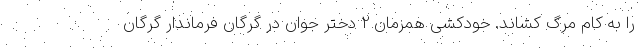
را به کام مرگ کشاند. خودکشی همزمان 2 دختر جوان در گرگان فرماندار گرگان